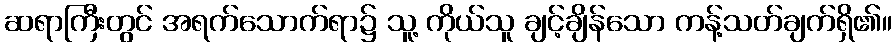
ဆရာကြီးတွင် အရက်သောက်ရာ၌ သူ့ ကိုယ်သူ ချင့်ချိန်သော ကန့်သတ်ချက်ရှိ၏။